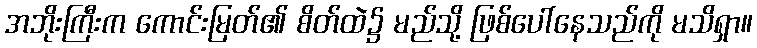
အဘိုးကြီးက ကောင်းမြတ်၏ စိတ်ထဲ၌ မည်သို့ ဖြစ်ပေါ်နေသည်ကို မသိရှာ။